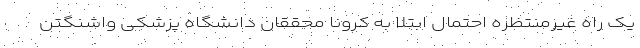
یک راه غیرمنتظره احتمال ابتلا به کرونا محققان دانشگاه پزشکی واشنگتن